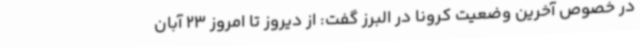
در خصوص آخرین وضعیت کرونا در البرز گفت: از دیروز تا امروز 23 آبان